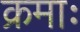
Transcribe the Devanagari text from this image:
क्रमाः